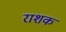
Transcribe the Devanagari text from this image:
राशक